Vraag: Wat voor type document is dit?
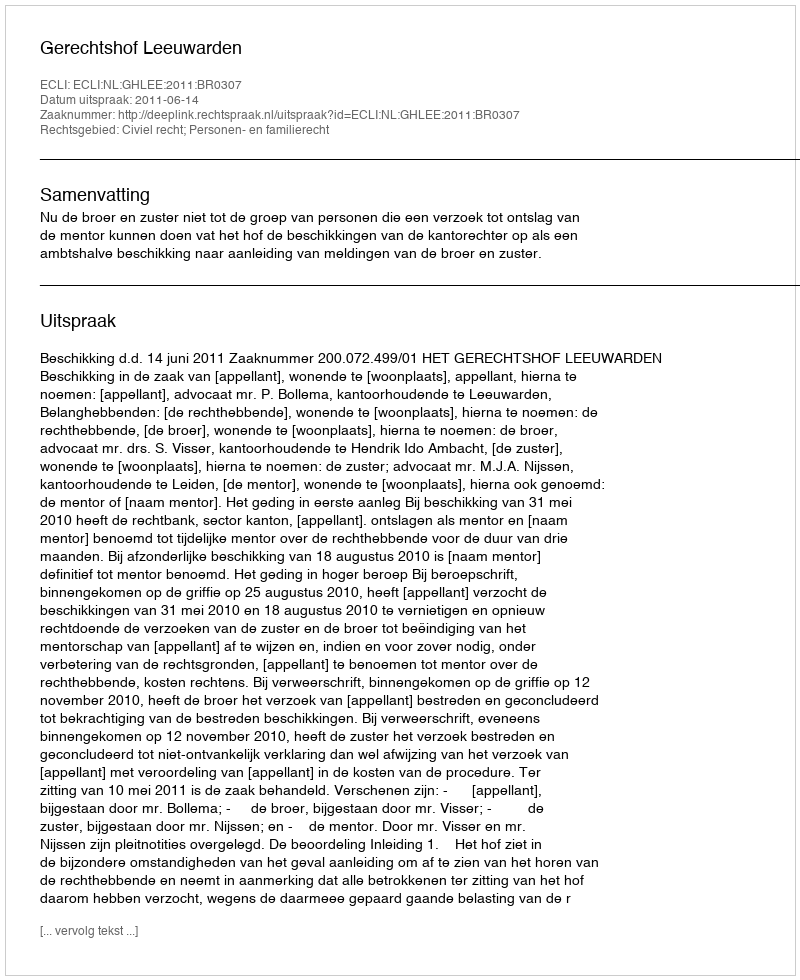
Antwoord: Uitspraak